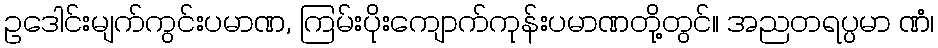
ဥဒေါင်းမျက်ကွင်းပမာဏ, ကြမ်းပိုးကျောက်ကုန်းပမာဏတို့တွင်။ အညတရပ္ပမာ ဏံ၊